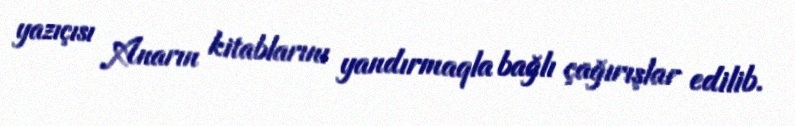
yazıçısı Anarın kitablarını yandırmaqla bağlı çağırışlar edilib.